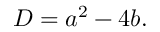
D = a ^ { 2 } - 4 b .